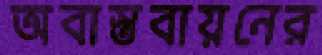
অবাস্তবায়নের